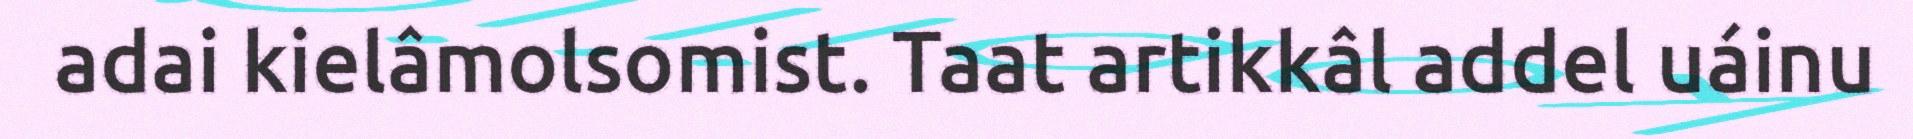
adai kielâmolsomist. Taat artikkâl addel uáinu